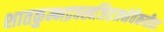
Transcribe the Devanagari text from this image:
शातकुम्भद्रवखजितजनेवैकपीता